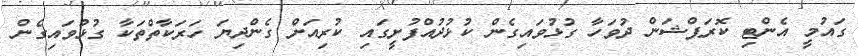
ގައުމީ އެންޓި ކޮރަޕްޝަން ދުވަހާ ގުޅުވައިގެން ކުޅުދުއްފުށީގައި ކުރިއަށް ގެންދިޔަ ހަރަކާތްތަކާ ގުޅުވައިގެން